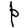
Character: P